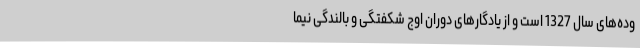
وده‌های سال 1327 است و از یادگارهای دوران اوج شکفتگی و بالندگی نیما